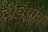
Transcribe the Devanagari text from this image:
दीर्घपात्र